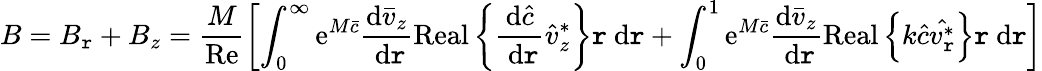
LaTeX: B=B_{\mathtt{r}}+B_{z}=\frac{{M}}{{\operatorname{Re}}}\left[\int_{0}^{\infty}\mathrm{{e}}^{M\bar{{c}}}\frac{{\mathrm{{d}}\bar{{v}}_{z}}}{{\mathrm{{~d}}\mathtt{r}}}\operatorname{Real}\left\{ \frac{{\mathrm{{d}}\hat{{c}}}}{{\mathrm{{~d}}\mathtt{r}}}\hat{{v}}_{z}^{*}\right\} \mathtt{r}\mathrm{{~d}}\mathtt{r}+\int_{0}^{1}\mathrm{{e}}^{M\bar{{c}}}\frac{{\mathrm{{d}}\bar{{v}}_{z}}}{{\mathrm{{~d}}\mathtt{r}}}\operatorname{Real}\left\{ k\hat{{c}}\hat{{v_{\mathtt{r}}^{*}}}\right\} \mathtt{r}\mathrm{{~d}}\mathtt{r}\right]